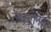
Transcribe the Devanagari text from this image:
जकानिडे